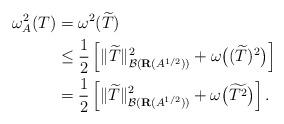
LaTeX: \begin{align*}\omega_A^2(T)& = \omega^2(\widetilde{T}) \\ &\le \frac{1}{2}\left[ {\|\widetilde{T}\|_{\mathcal{B}(\mathbf{R}(A^{1/2}))}^2 + \omega\big( {(\widetilde{T})^2} \big)} \right]\\ &=\frac{1}{2}\left[ {\|\widetilde{T}\|_{\mathcal{B}(\mathbf{R}(A^{1/2}))}^2 + \omega\big( {\widetilde{T^2}} \big)} \right].\end{align*}